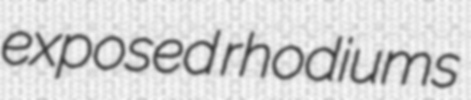
exposed rhodiums